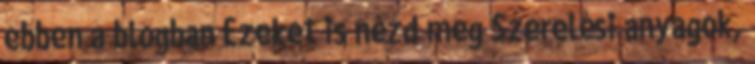
ebben a blogban Ezeket is nézd meg Szerelési anyagok,